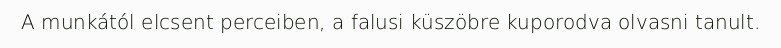
A munkától elcsent perceiben, a falusi küszöbre kuporodva olvasni tanult.